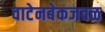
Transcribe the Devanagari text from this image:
वाटेनबेकजवळ